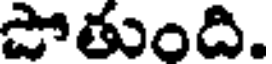
పోతుంది.